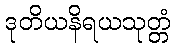
ဒုတိယနိရယသုတ္တံ